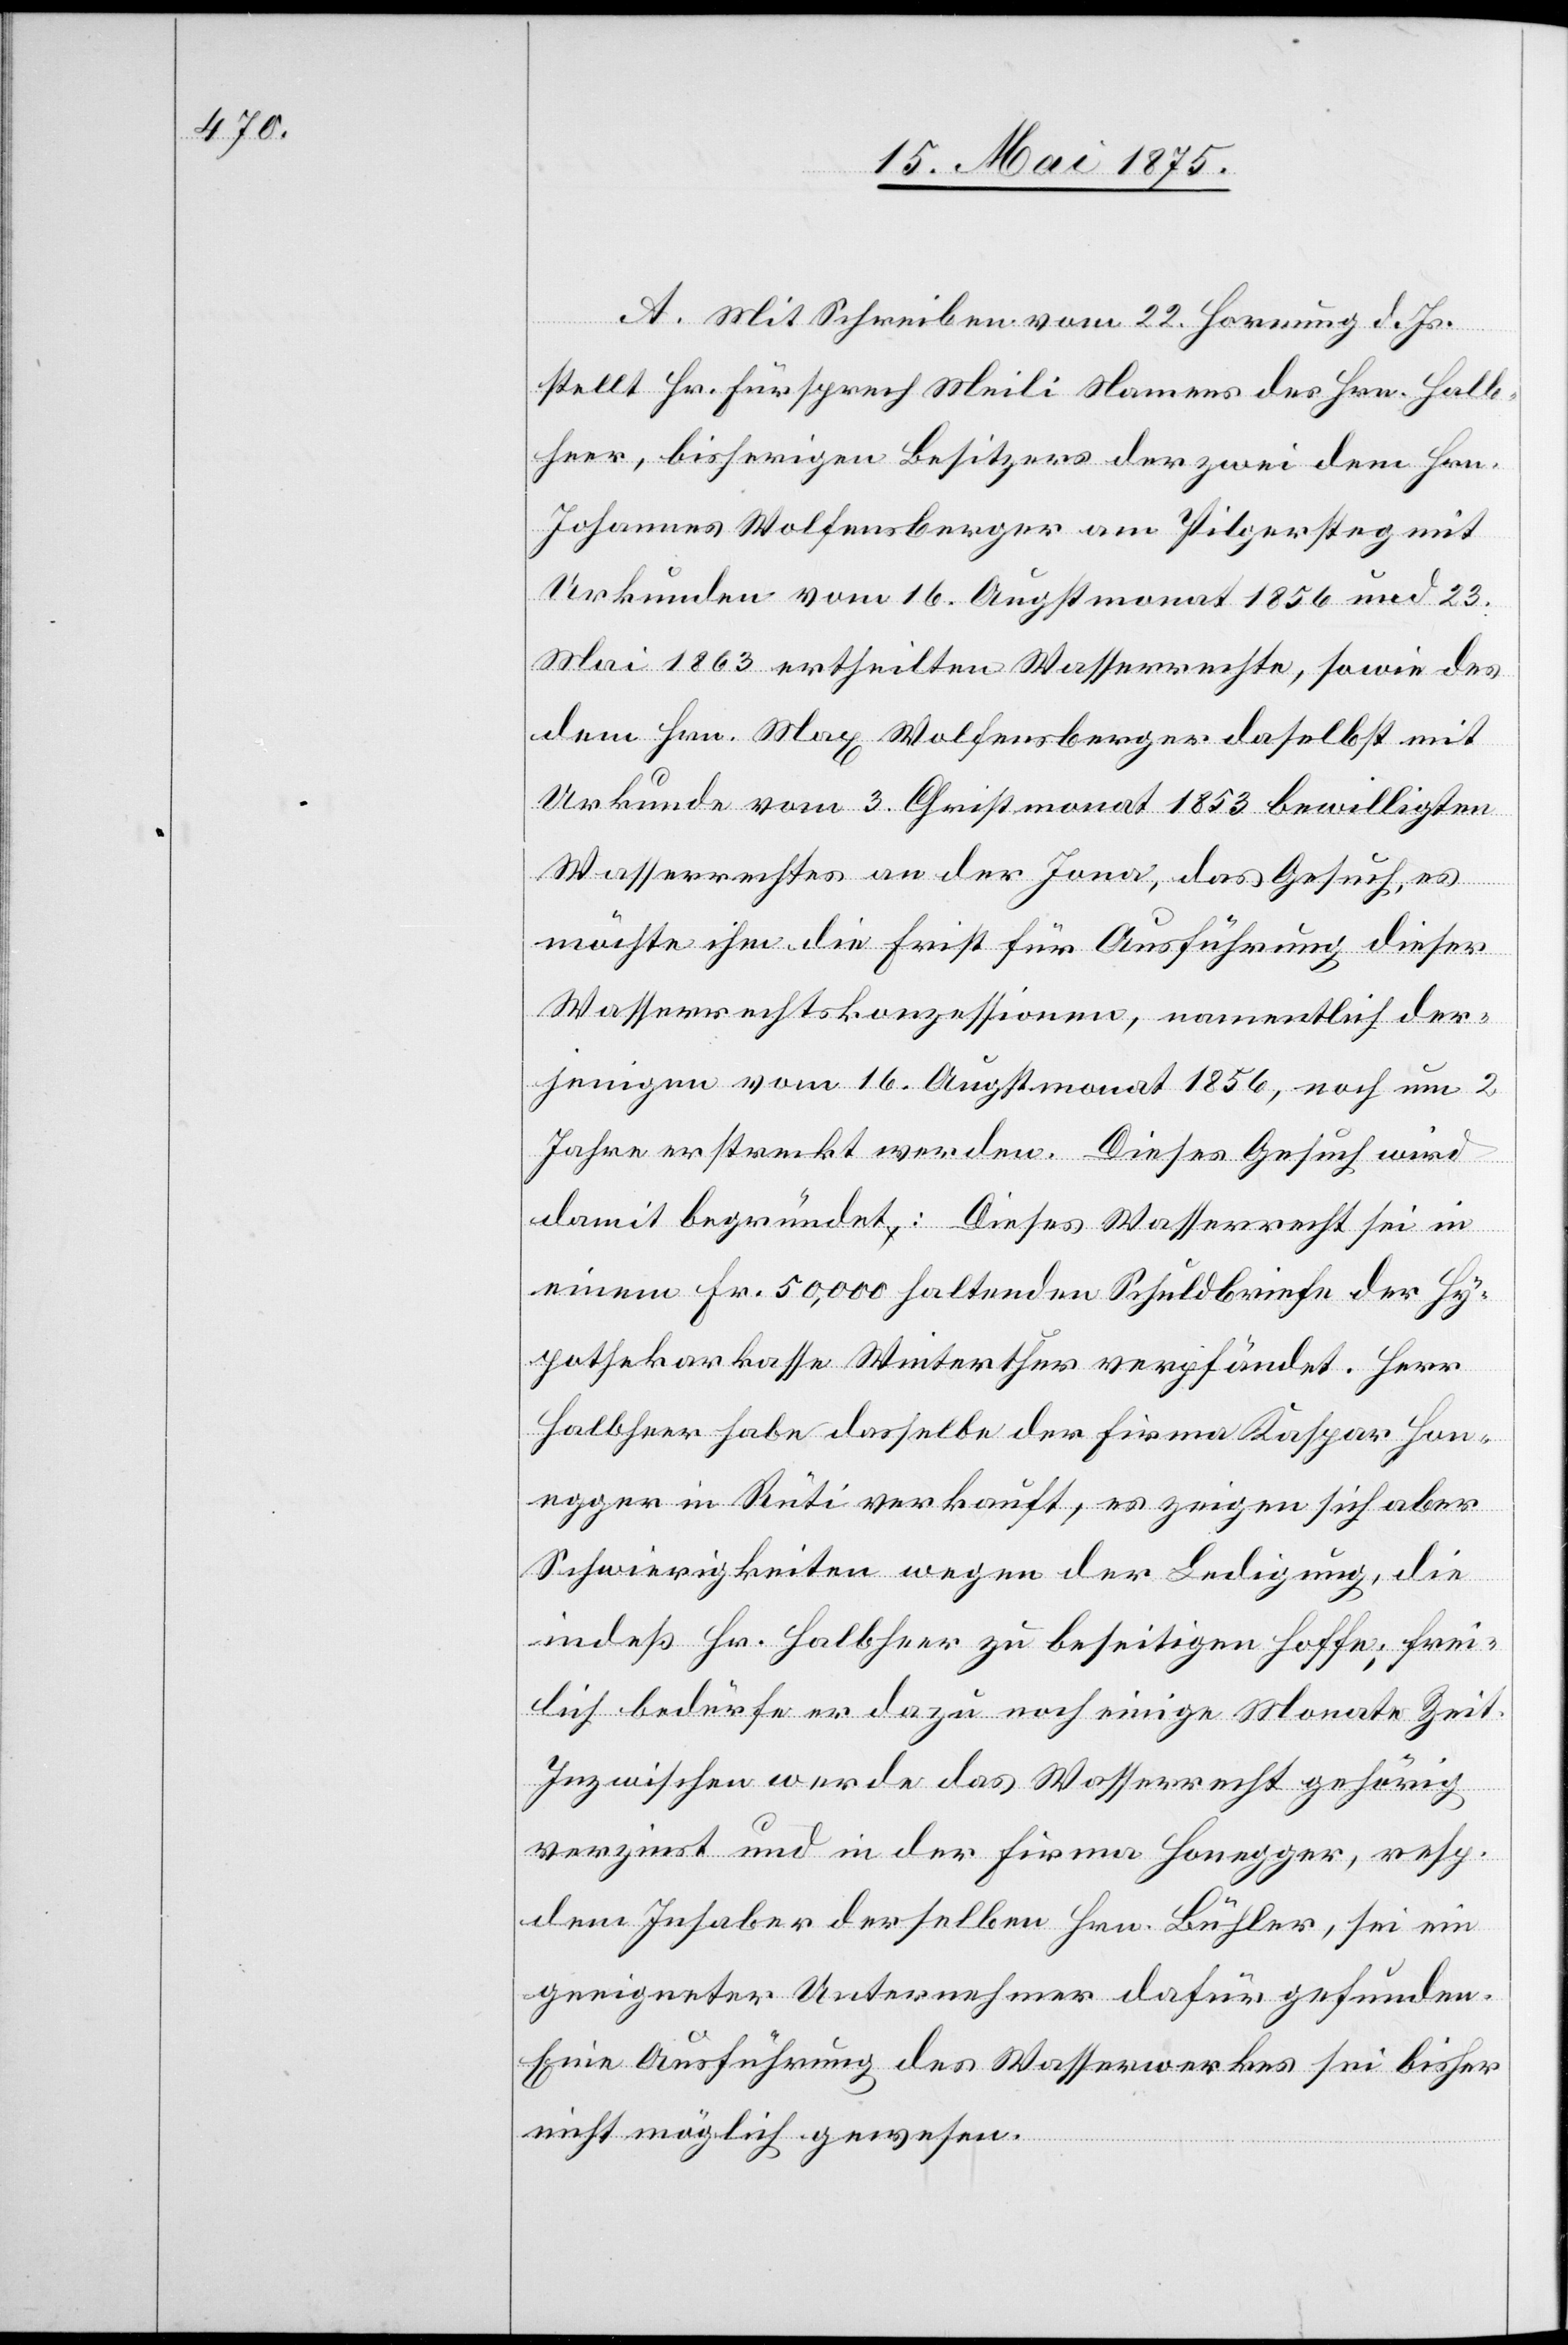
A. Mit Schreiben vom 22. Hornung d. Js.
stellt Hr. Fürsprech Meili Namens des Hrn. Halb¬
heer, bisherigen Besitzer der zwei dem Hrn.
Johannes Wolfensberger am Pilgersteg mit
Urkunden vom 16. Augstmonat 1856 und 23.
Mai 1863 ertheilten Wasserrechte, sowie des
dem Hrn. Max Wolfensberger daselbst mit
Urkunde vom 3. Christmonat 1853 bewilligten
Wasserrechtes an der Jona, das Gesuch, es
möchte ihm die Frist für Ausführung dieser
Wasserrechtskonzessionen, namentlich der¬
jenigen vom 16. Augstmonat 1856, noch um 2
Jahre erstreckt werden. Dieses Gesuch wird
einem Fr. 50,000 haltenden Schuldbriefe der Hy¬
pothekarkasse Winterthur verpfändet. Herr
Halbheer habe dasselbe der Firma Kaspar Hon¬
egger in Rüti verkauft, es zeigen sich aber
Schwierigkeiten wegen der Ledigung, die
indeß Hr. Halbheer zu beseitigen hoffe; frei¬
lich bedürfe er dazu noch einige Monate Zeit.
Inzwischen werde das Wasserrecht gehörig
verzinst und in der Firma Honegger, resp.
dem Inhaber derselben Hrn. Bühler, sei ein
geeigneter Unternehmer dafür gefunden.
Eine Ausführung des Wasserwerkes sei bisher
nicht möglich gewesen.